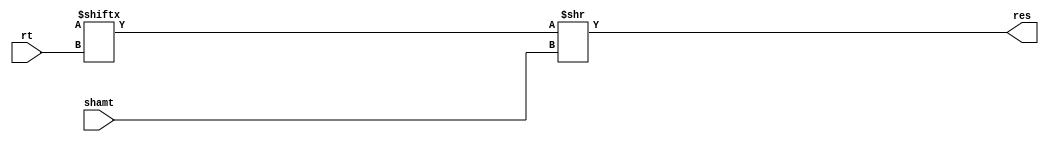
module srl(
    input       [4:0] rt, shamt,
    output      [31:0] res
);

assign res = glob.r[rt] >> shamt;

endmodule